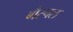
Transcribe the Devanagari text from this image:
गैस्पल